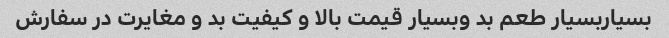
بسیاربسیار طعم بد وبسیار قیمت بالا و کیفیت بد و مغایرت در سفارش